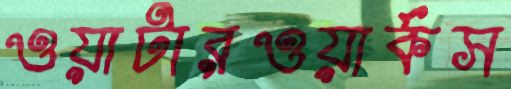
ওয়াটারওয়ার্কস